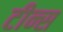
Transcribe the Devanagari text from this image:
टीन्स